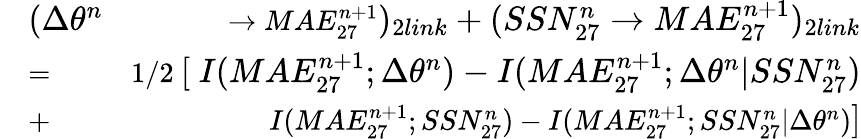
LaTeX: \begin{array}{rlr}&{\large(\Delta\theta^{n}}&{\rightarrow MAE_{27}^{n+1}\large)_{2link}+\large(SSN_{27}^{n}\rightarrow MAE_{27}^{n+1}\large)_{2link}}\\ &{=}&{1/2\ \large[\ I(MAE_{27}^{n+1};\Delta\theta^{n})-I(MAE_{27}^{n+1};\Delta\theta^{n}|SSN_{27}^{n})}\\ &{+}&{I(MAE_{27}^{n+1};SSN_{27}^{n})-I(MAE_{27}^{n+1};SSN_{27}^{n}|\Delta\theta^{n})\large]}\end{array}